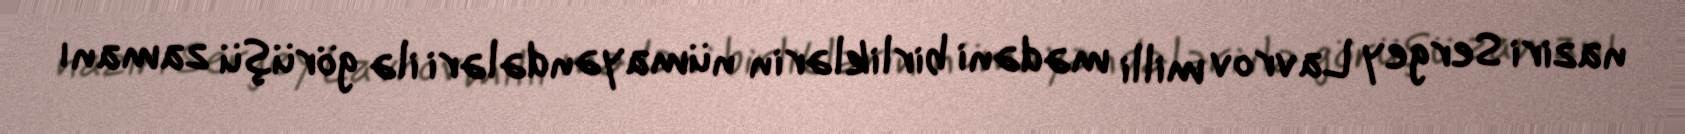
naziri Sergey Lavrov milli mədəni birliklərin nümayəndələri ilə görüşü zamanı